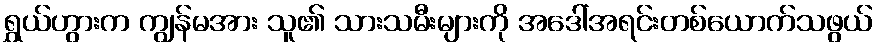
ရွှယ်ဟွားက ကျွန်မအား သူ၏ သားသမီးများကို အဒေါ်အရင်းတစ်ယောက်သဖွယ်